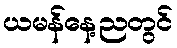
ယမန်နေ့ညတွင်